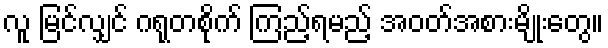
လူ မြင်လျှင် ဂရုတစိုက် ကြည့်ရမည့် အဝတ်အစားမျိုးတွေ။